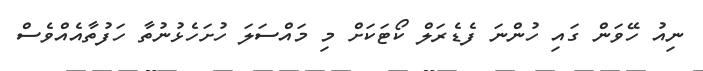
ނިއު ހޭވަން ގައި ހުންނަ ފެޑެރަލް ކޯޓަކަށް މި މައްސަލަ ހުށަހެޅުނުތާ ހަފުތާއެއްވެސް